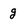
Character: g